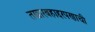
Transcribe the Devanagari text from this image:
तखारबहाद्दरपणाची